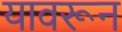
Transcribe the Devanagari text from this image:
यावरून